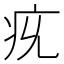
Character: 𤴴